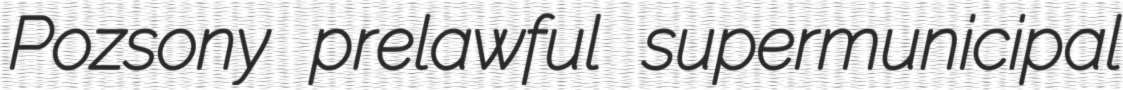
Pozsony prelawful supermunicipal